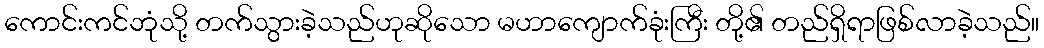
ကောင်းကင်ဘုံသို့ တက်သွားခဲ့သည်ဟုဆိုသော မဟာကျောက်ခုံးကြီး တို့၏ တည်ရှိရာဖြစ်လာခဲ့သည်။